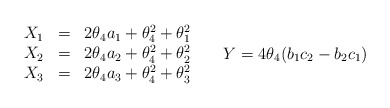
\begin{align*}\begin{matrix}X_1&=&2\theta_4a_1+\theta_4^2+\theta_1^2\\ X_2&=&2\theta_4a_2+\theta_4^2+\theta_2^2\\ X_3&=&2\theta_4a_3+\theta_4^2+\theta_3^2\end{matrix}\ \ \ \ \ \ Y=4\theta_4(b_1c_2-b_2c_1)\end{align*}